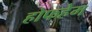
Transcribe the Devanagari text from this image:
होफहेम